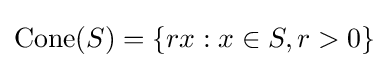
\mathrm {Cone} (S)=\{rx:x\in S,r>0\}